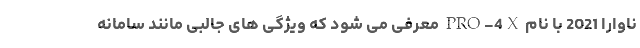
ناوارا 2021 با نام PRO-4X معرفی می شود که ویژگی های جالبی مانند سامانه